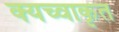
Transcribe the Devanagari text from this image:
क्यच्वाकृत